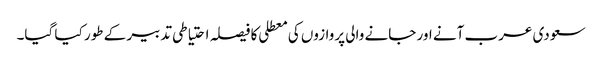
سعودی عرب آنے اور جانے والی پروازوں کی معطلی کا فیصلہ احتیاطی تدبیر کے طور کیا گیا۔